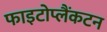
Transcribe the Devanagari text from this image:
फाइटोप्लैंकटन